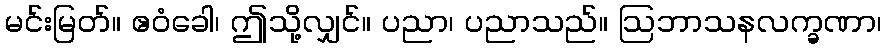
မင်းမြတ်။ ဧဝံခေါ၊ ဤသို့လျှင်။ ပညာ၊ ပညာသည်။ ဩဘာသနလက္ခဏာ၊